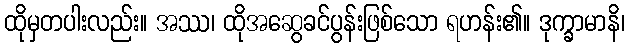
ထိုမှတပါးလည်း။ အဿ၊ ထိုအဆွေခင်ပွန်းဖြစ်သော ရဟန်း၏။ ဒုက္ခာမာနိ၊